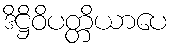
ဒိဋ္ဌိဝိပတ္တိယာပေ